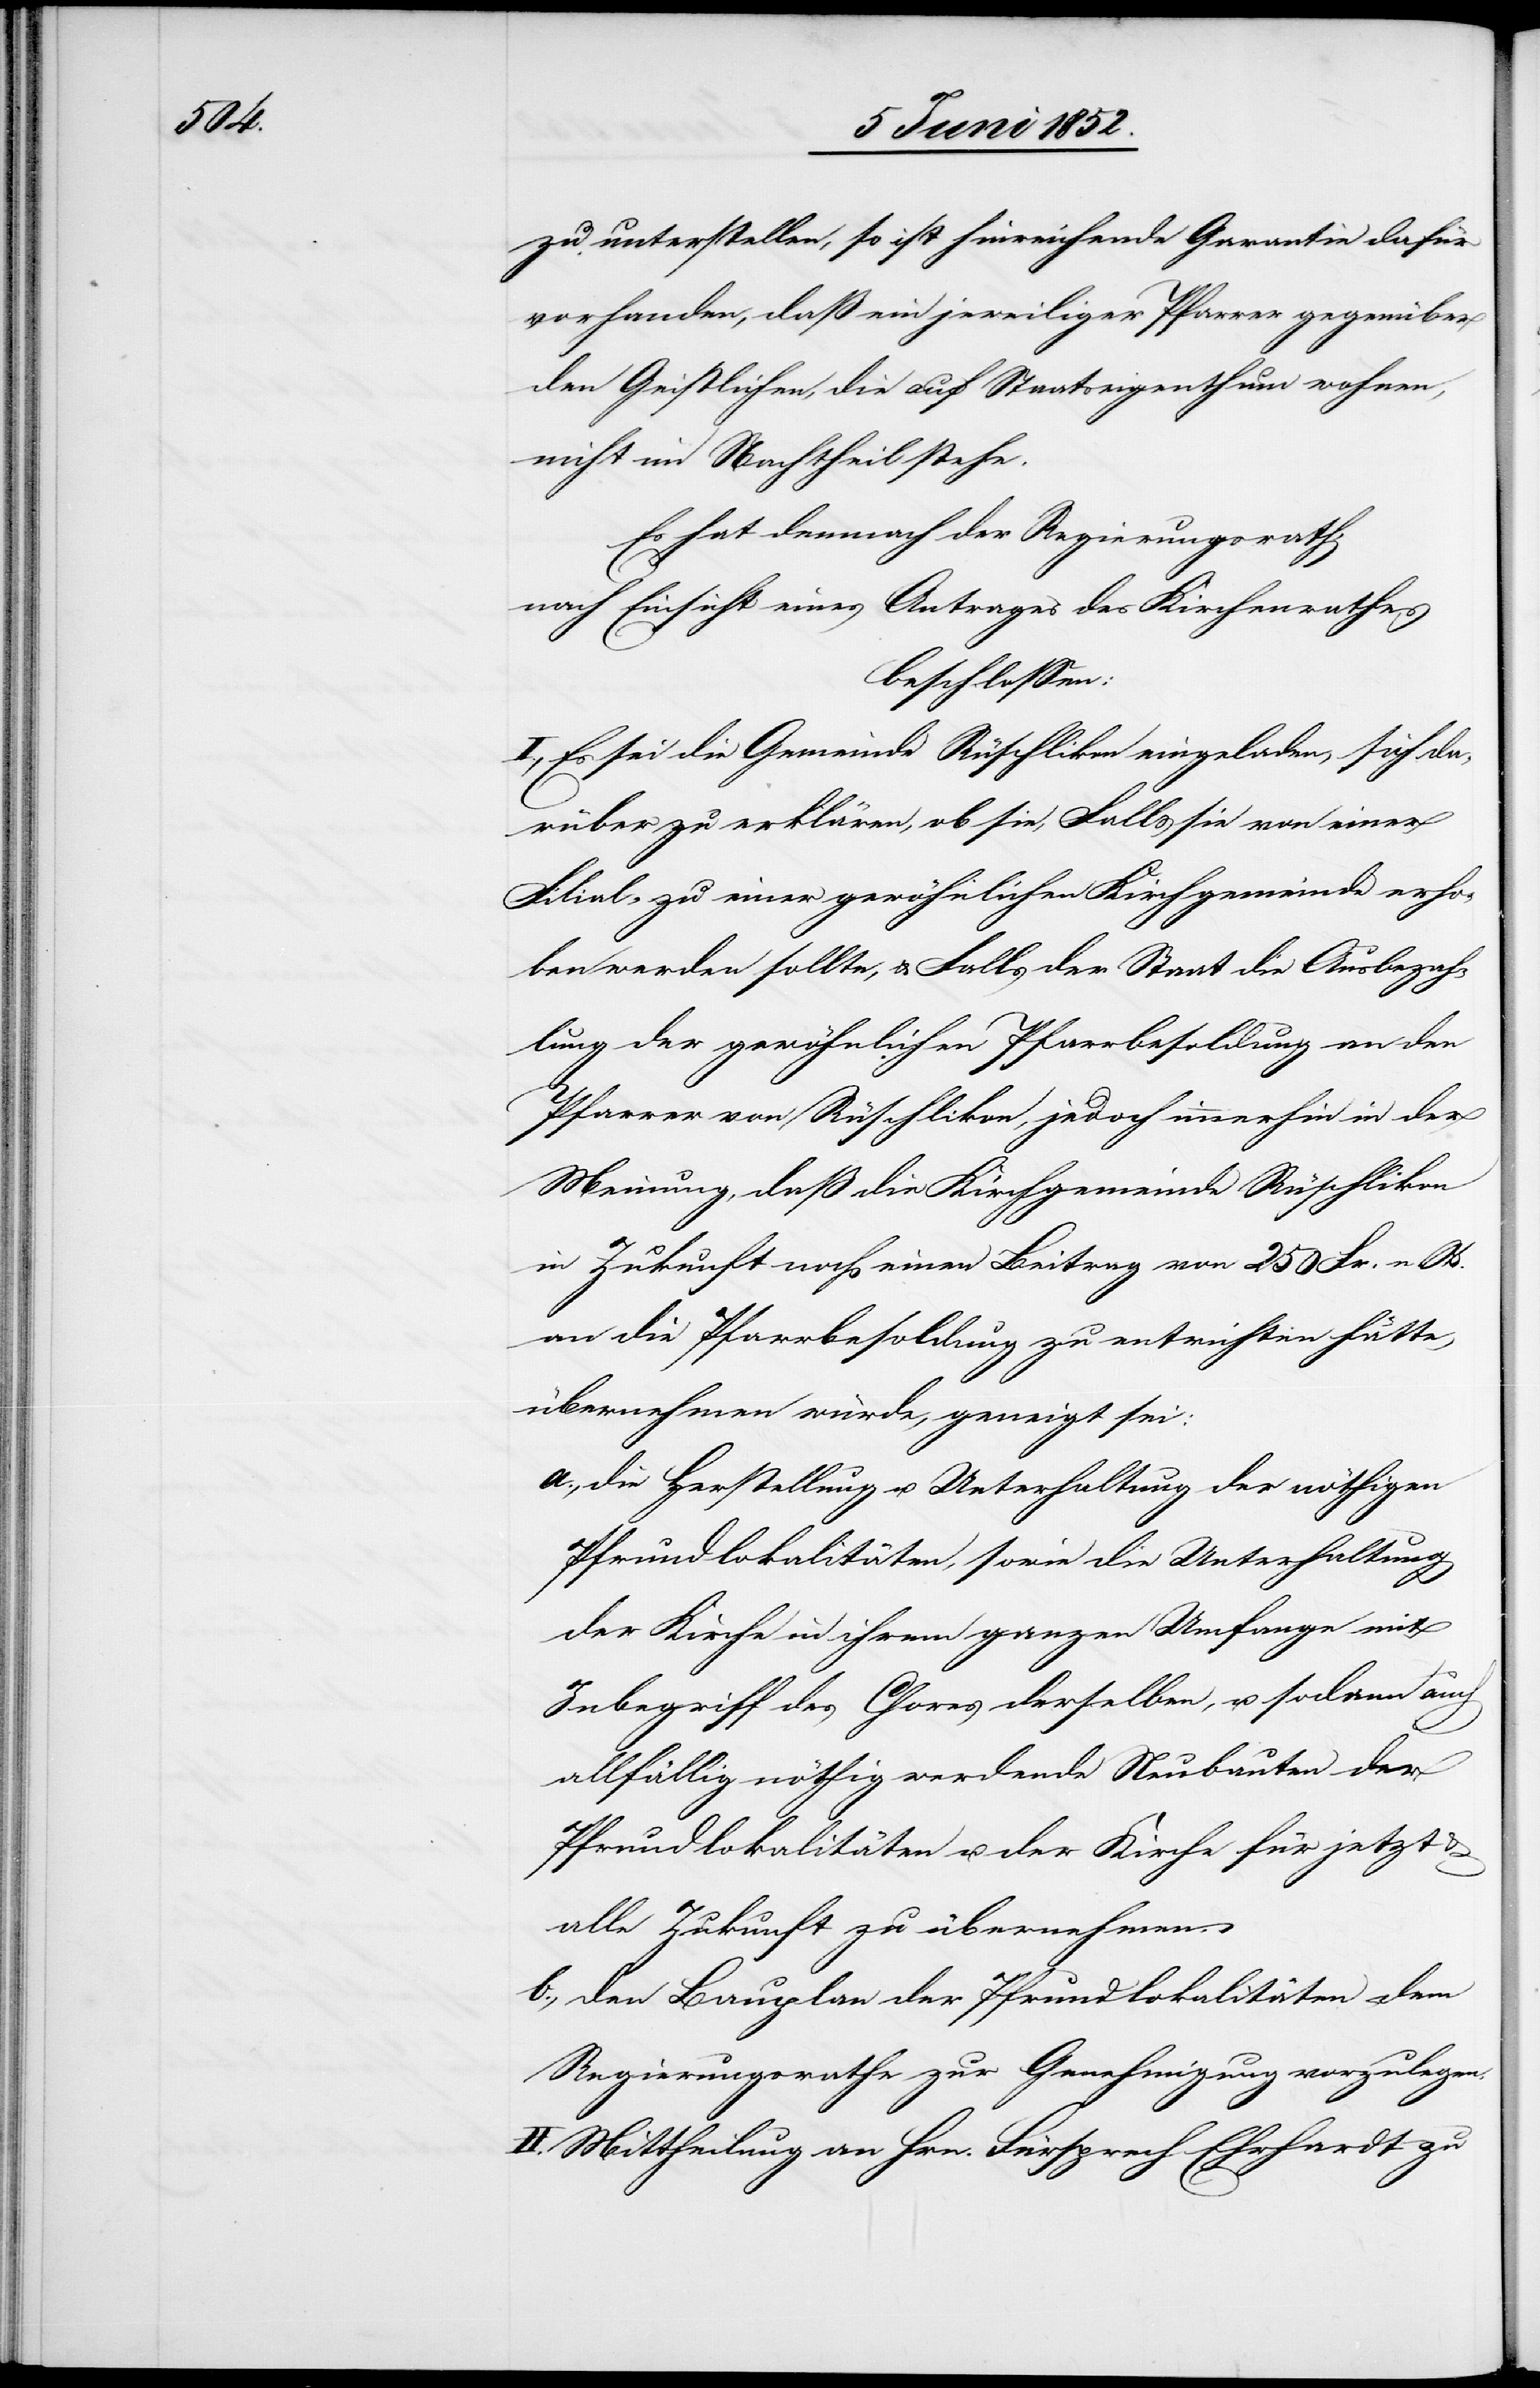
zu unterstellen, so ist hinreichende Garantie dafür
vorhanden, dass ein jeweiliger Pfarrer gegenüber
den Geistlichen, die auf Staatseigenthum wohnen,
nicht im Nachtheil stehe.
Es hat demnach der Regierungsrath,
nach Einsicht eines Antrages des Kirchenrathes
beschlossen:
I., Es sei die Gemeinde Rüschlikon eingeladen, sich da¬
rüber zu erklären, ob sie, Falls sie von einer
Filial- zu einer gewöhnlichen Kirchgemeinde erho¬
ben werden sollte, & Falls der Staat die Ausbezah¬
lung der gewöhnlichen Pfarrbesoldung an den
Pfarrer von Rüschlikon, jedoch immerhin in der
Meinung, dass die Kirchgemeinde Rüschlikon
in Zukunft noch einen Beitrag von 250 Fr. n. W.
an die Pfarrbesoldung zu entrichten hätte,
übernehmen würde, geneigt sei:
die Herstellung u. Unterhaltung der nöthigen
Pfrundlokalitäten, sowie die Unterhaltung
der Kirche in ihrem ganzen Umfange mit
Inbegriff des Chores derselben, u. sodann auch
allfällig nöthig werdende Neubauten der
Pfrundlokalitäten u. der Kirche für jetzt &
alle Zukunft zu übernehmen.
den Bauplan der Pfrundlokalitäten dem
Regierungsrathe zur Genehmigung vorzulegen.
II. Mittheilung an Hrn. Fürsprech Ehrhardt zu